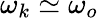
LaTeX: \omega_{k}\simeq\omega_{o}